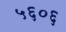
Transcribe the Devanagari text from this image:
५६०६